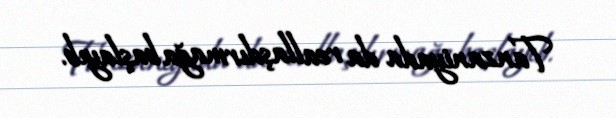
Tanzaniyada da reallaşdırmağa başlayıb.